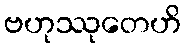
ဗဟုဿုတေဟိ